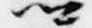
卿